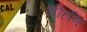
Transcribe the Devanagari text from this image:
शीहणि